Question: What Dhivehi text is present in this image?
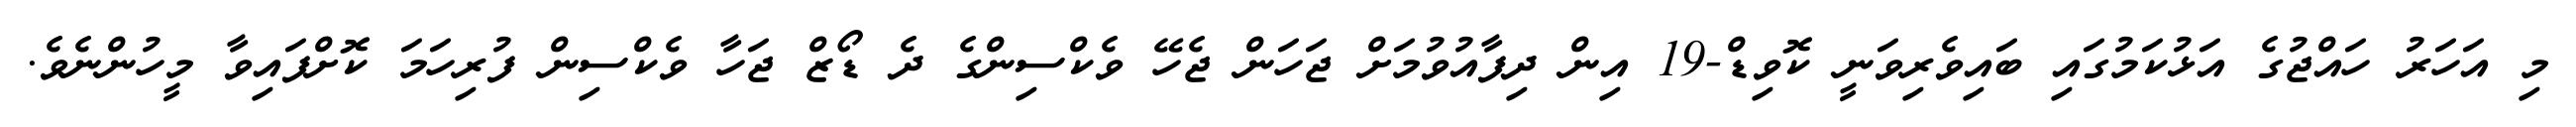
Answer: މި އަހަރު ހައްޖުގެ އަޅުކަމުގައި ބައިވެރިވަނީ ކޮވިޑް-19 އިން ދިފާއުވުމަށް ޖަހަން ޖެހޭ ވެކްސިންގެ ދެ ޑޯޒް ޖަހާ ވެކްސިން ފުރިހަމަ ކޮށްފައިވާ މީހުންނެވެ.